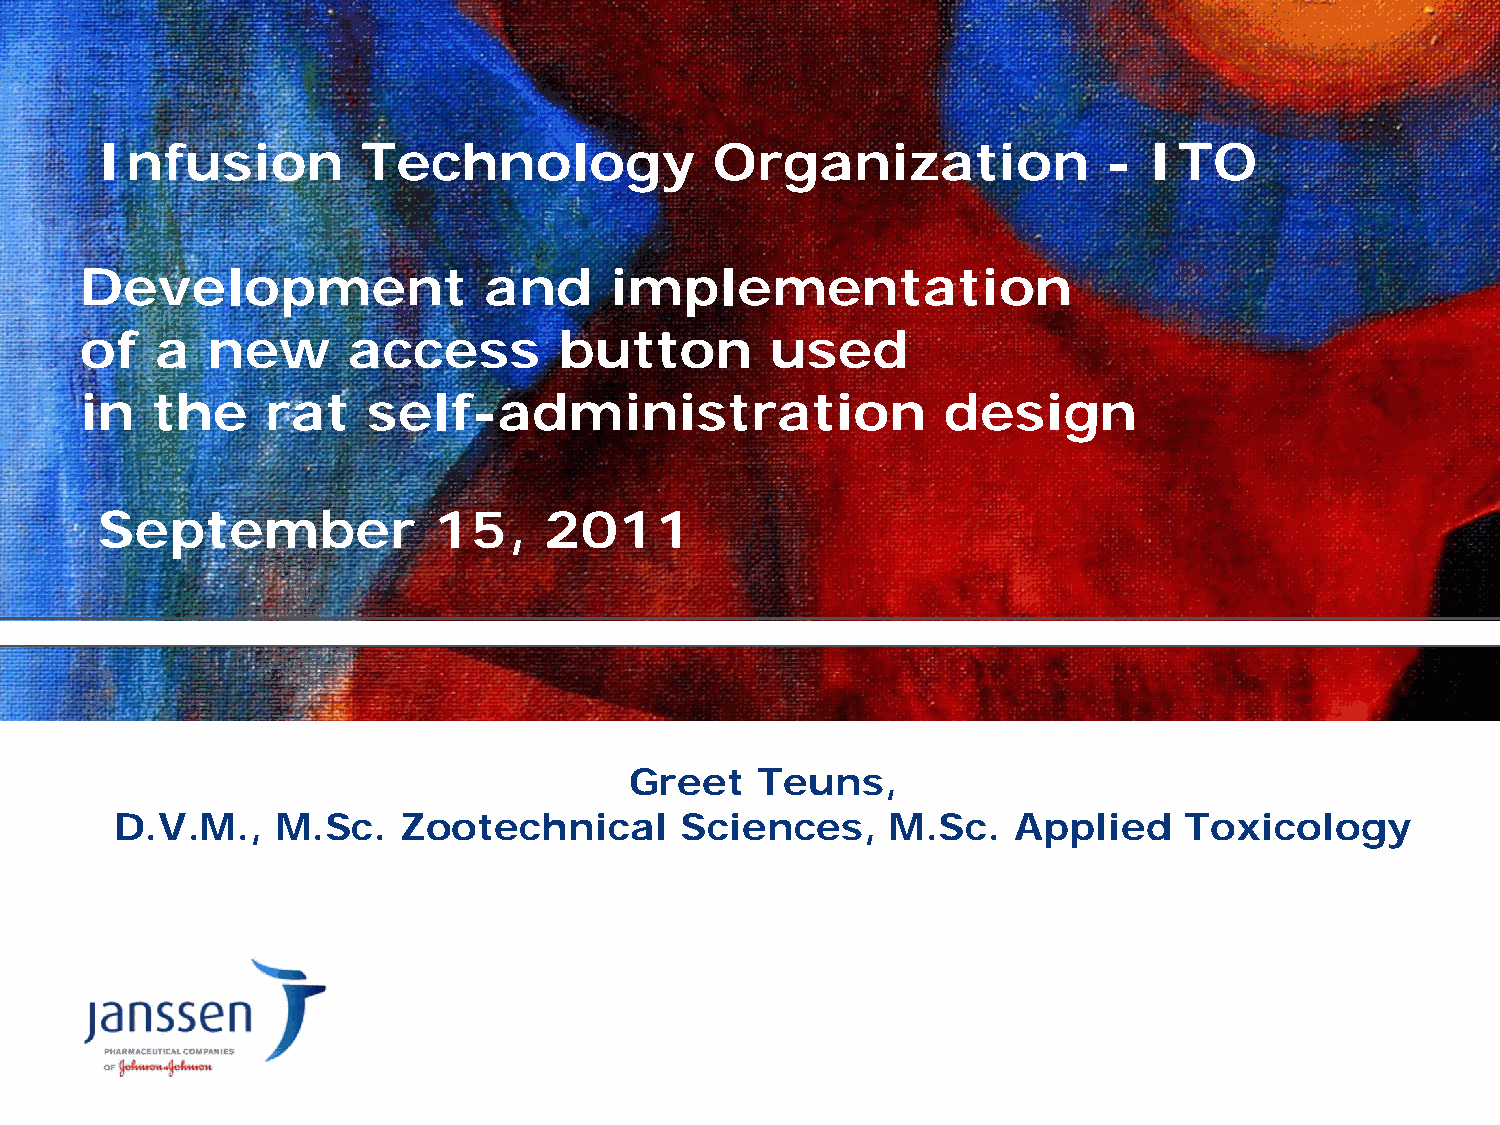
Infusion          Technology             Organization              -  ITO
 Development                and     implementation
 of   a   new      access        button        used
 in   the     rat   self-administration                   design
 September              15,    2011
 Greet   Teuns,
 D.V.M.,   M.Sc.   Zootechnical       Sciences,     M.Sc.   Applied    Toxicology